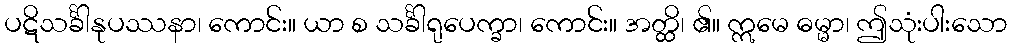
ပဋိသင်္ခါနုပဿနာ၊ ကောင်း။ ယာ စ သင်္ခါရုပေက္ခာ၊ ကောင်း။ အတ္ထိ၊ ၏။ ဣမေ ဓမ္မာ၊ ဤသုံးပါးသော